Annual report on the Civil Veterinary Department, Burma (including the Insein Veterinary School) - 1932-1941
Year: 1932
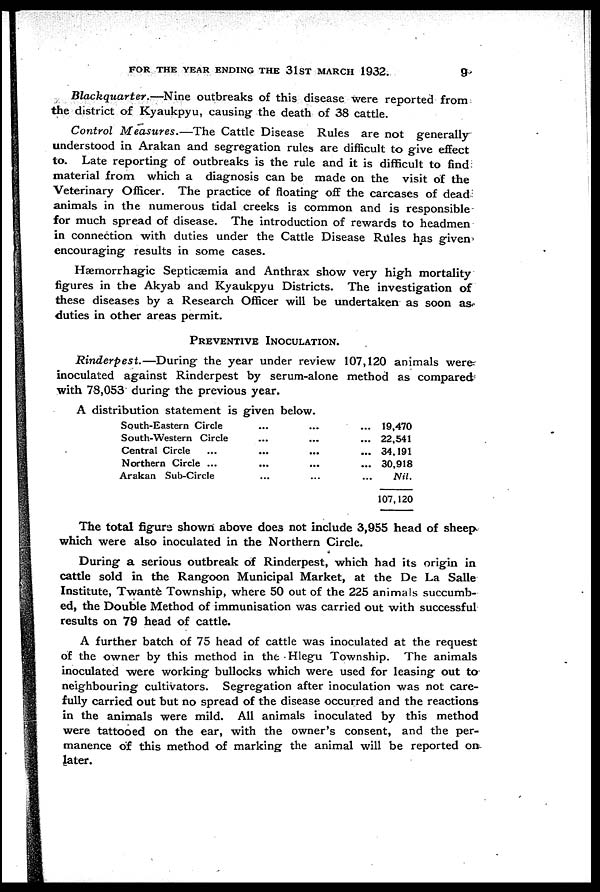
FOR THE YEAR ENDING THE 31ST MARCH 1932.
9
Blackquarter.—Nine outbreaks of this disease were reported from
the district of Kyaukpyu, causing the death of 38 cattle.
Control Measures.—The Cattle Disease Rules are not generally
understood in Arakan and segregation rules are difficult to give effect
to. Late reporting of outbreaks is the rule and it is difficult to find
material from which a diagnosis can be made on the visit of the
Veterinary Officer. The practice of floating off the carcases of dead
animals in the numerous tidal creeks is common and is responsible
for much spread of disease. The introduction of rewards to headmen
in connection with duties under the Cattle Disease Rules has given
encouraging results in some cases.
Hæmorrhagic Septicaemia and Anthrax show very high mortality
figures in the Akyab and Kyaukpyu Districts. The investigation of
these diseases by a Research Officer will be undertaken as soon as
duties in other areas permit.
PREVENTIVE INOCULATION.
Rinderpest.—During
the year under review 107,120 animals were
inoculated against Rinderpest by serum-alone method as compared
with 78,053 during the previous year.
A distribution statement is given below.
South-Eastern Circle
South-Western Circle
Central Circle ...
Northern Circle ...
Arakan Sub-Circle
...
...
...
...
...
...
...
...
...
...
...
...
...
...
...
19,470
22,541
34,191
30,918
Nil.
107,120
The total figure shown above does not include 3,955 head of sheep
which were also inoculated in the Northern Circle.
During a serious outbreak of Rinderpest, which had its origin in
cattle sold in the Rangoon Municipal Market, at the De La Salle
Institute, Twante Township, where 50 out of the 225 animals succumb-
ed, the Double Method of immunisation was carried out with successful
results on 79 head of cattle.
A further batch of 75 head of cattle was inoculated at the request
of the owner by this method in the Hlegu Township. The animals
inoculated were working bullocks which were used for leasing out to
neighbouring cultivators. Segregation after inoculation was not care-
fully carried out but no spread of the disease occurred and the reactions
in the animals were mild. All animals inoculated by this method
were tattooed on the ear, with the owner's consent, and the per-
manence of this method of marking the animal will be reported on
later.